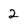
Character: 2